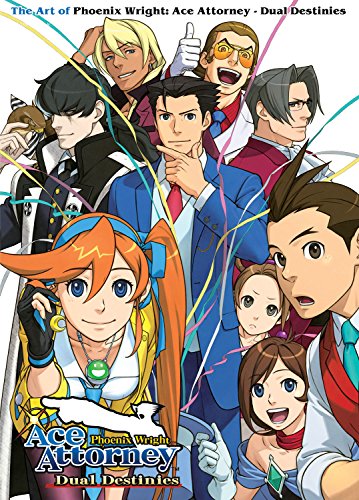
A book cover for The Art of Phoenix Wright: Ace Attorney - Dual Destinies; Capcom; Humor & Entertainment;